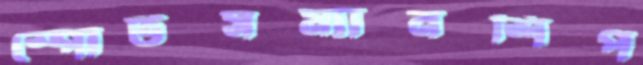
স্পোর্টসম্যানশিপ